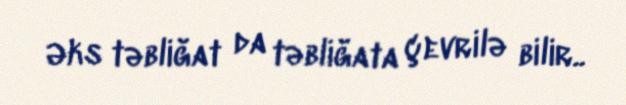
Əks təbliğat da təbliğata çevrilə bilir..